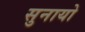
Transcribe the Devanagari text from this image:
सुनायो